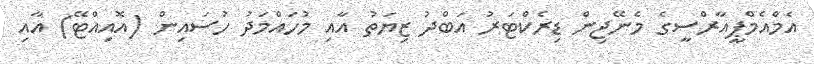
އެމްއެމްޕީއާރްސީގެ މެނޭޖިން ޑިރެކްޓަރު އަބްދު ޒިޔަތު އާއި މުހައްމަދު ހުސައިން (އޮއިއްޓޭ) އާއި